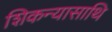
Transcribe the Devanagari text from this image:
शिकन्यासाथि